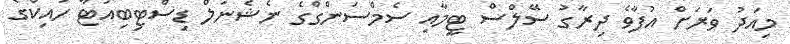
މިއަދު ވަރަށް އުފާވެ ދިރާގު ސޭލްސް ޓީމާއި ސެމްސަންގްގެ ނެޝެނަލް ޑިސްޓިބިއުޓާ ހައިކްގެ